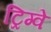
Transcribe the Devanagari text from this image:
ट्रिग्वे